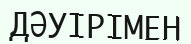
ДӘУІРІМЕН